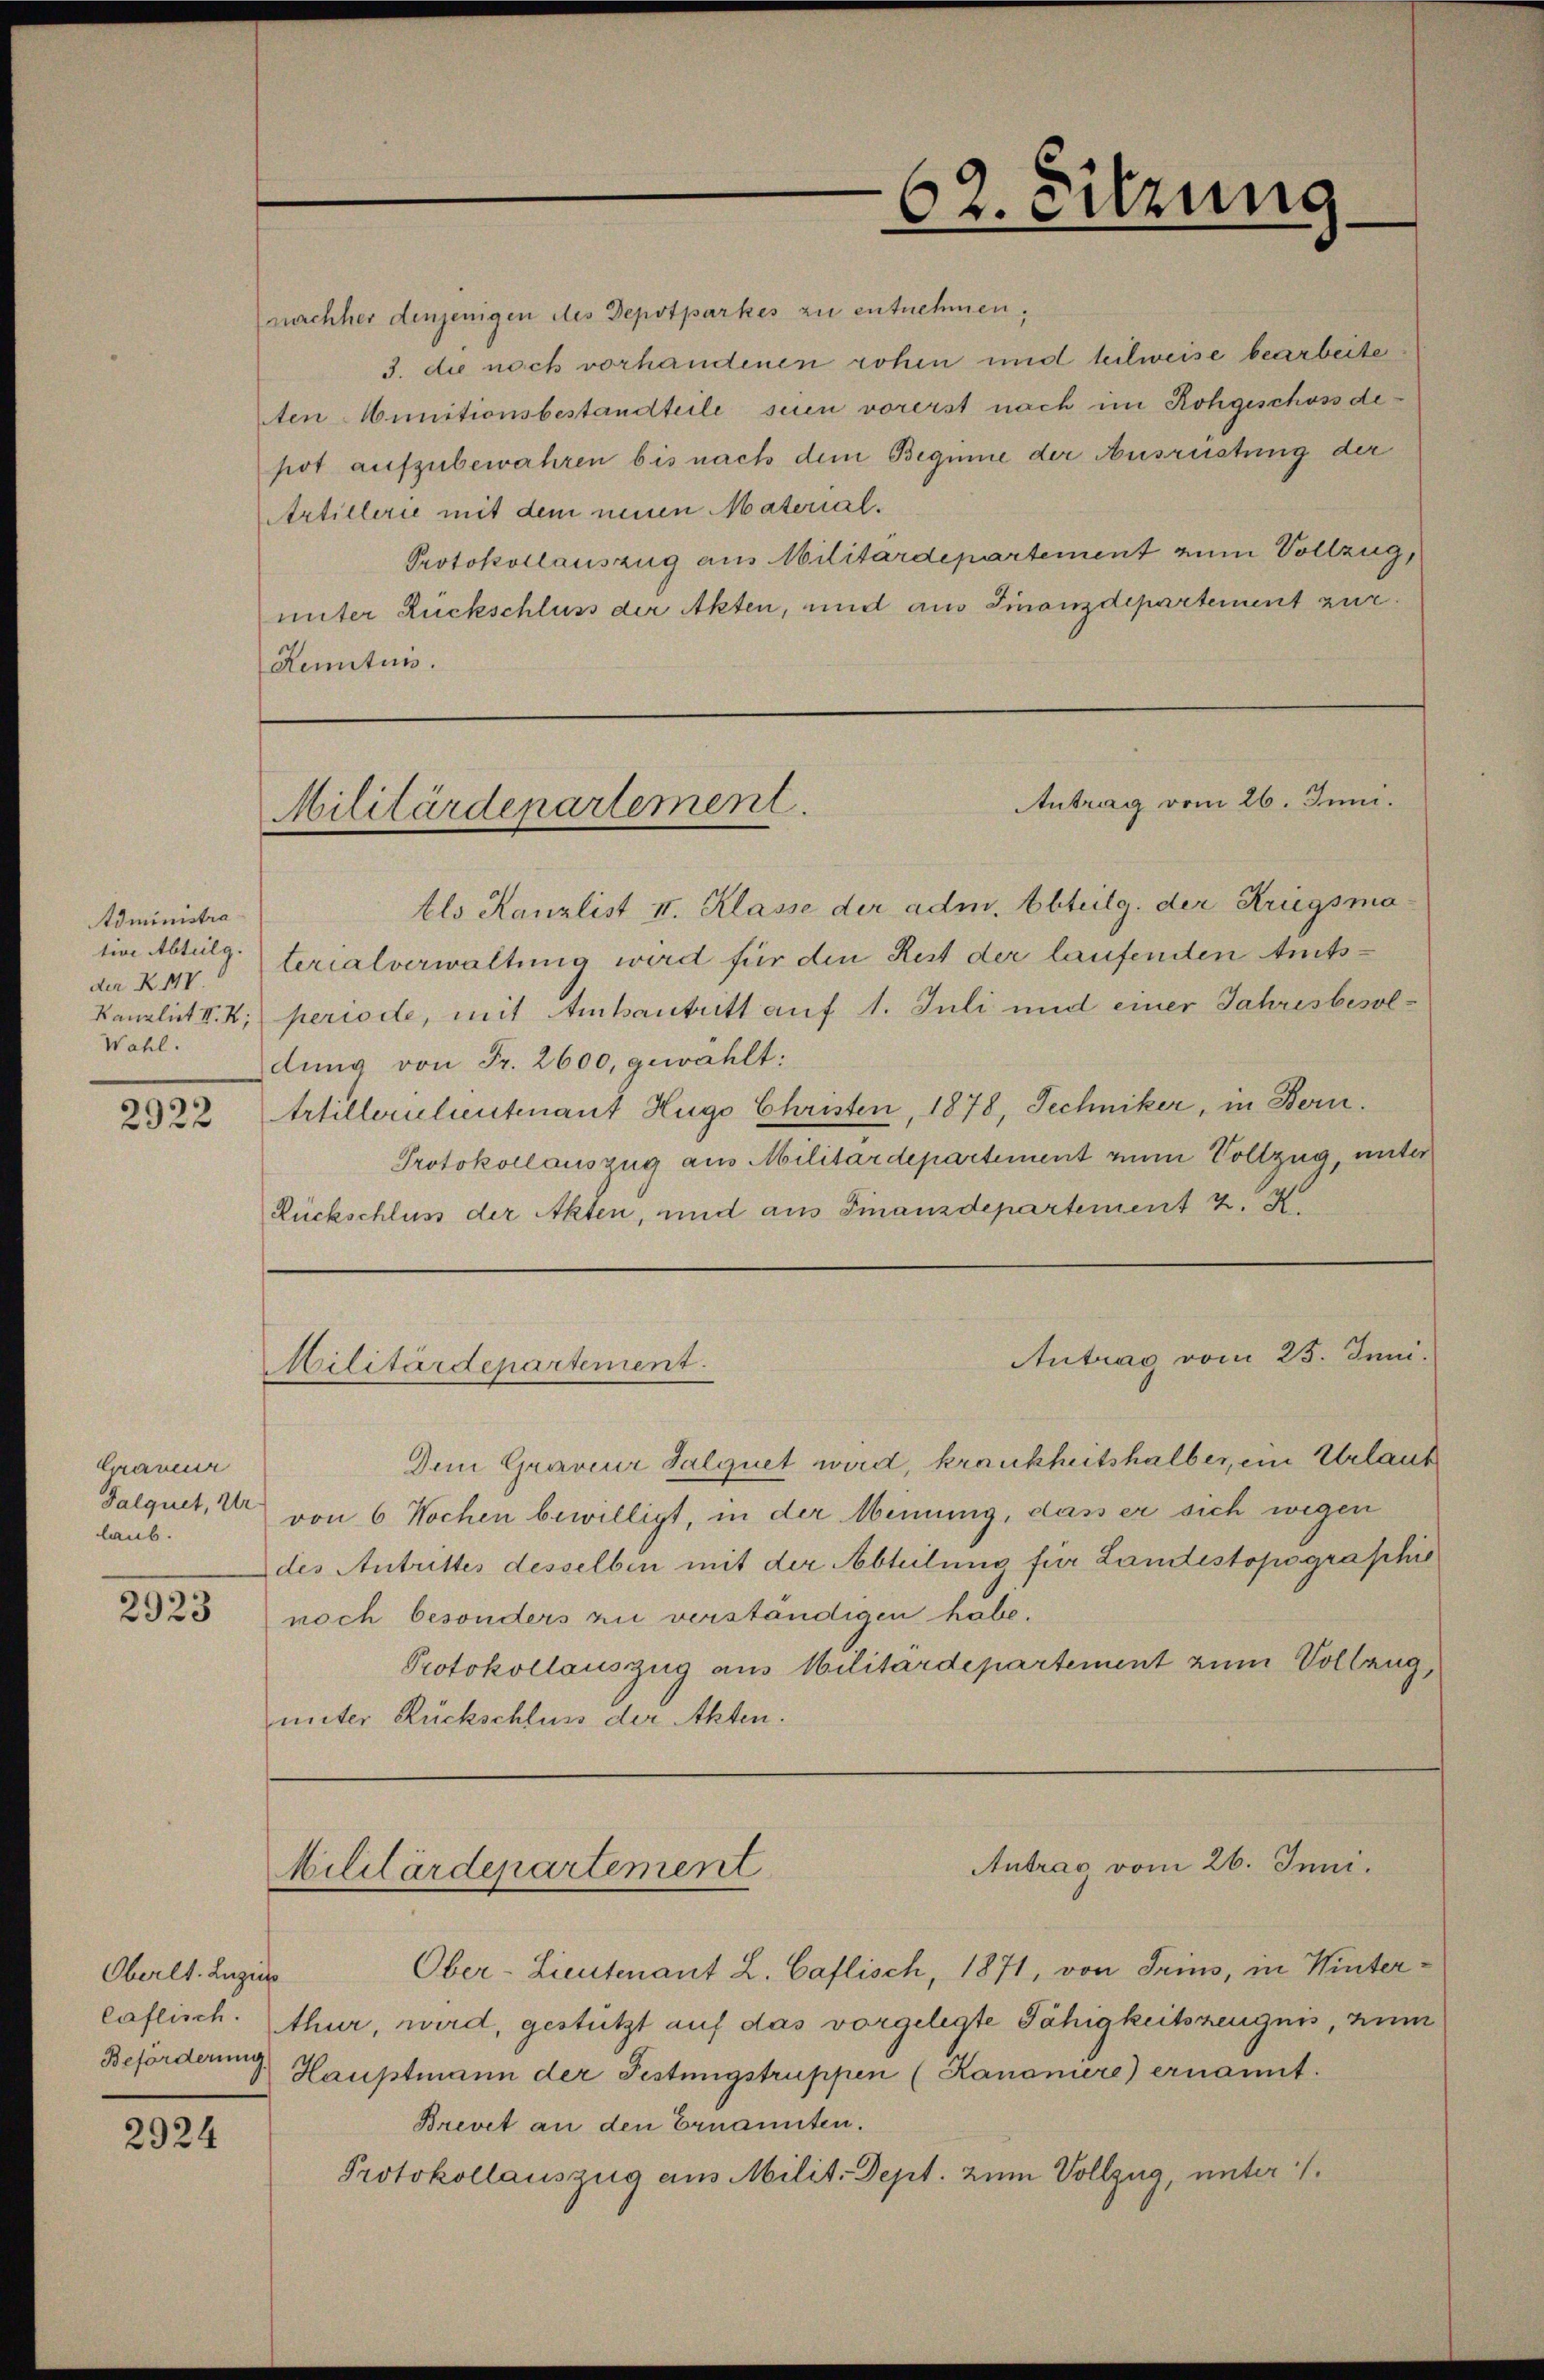
Administra
der K. IV.
Kanzlist II. K
Wahl.

2922

Caveur
Salquet, Ur
laub.

2925

Oberlt. Luzia
laflisch.

2924

(nachher denjenigen des Depotparkes zu entnehmen,
3. die noch vorhandenen rohen und teilweise bearbeite
ten Munitionsbestandteile seien vorerst nach im Rohgeschoss de
pot aufzubewahren bis nach dem Beginne der Ausrüstung der
Artillerie mit dem neuen Material¬
Protokollauszug aus Militärdepartement zum Vollzug,
unter Rückschluss der Akten, und aus Finanzdepartement zur
Kenntnis.

Antrag vom 26. Juni.
Militärdepartement.

Militärdepartement.

62. Sitzung

tls Kanzlist II. Klasse der adm. Abteilg. der Kriegsmasin Abtilgterialverwaltung wird für den Rest der laufenden Amtsperiode, mit Amtsantritt auf 1. Juli und einer Jahresbesoldung von Fr. 2600, gewählt:
Artillerichentenant Hugo Christen, 1878, Techniker, in Bern.
Protokollauszug aus Militärdepartement zum Vollzug, unter
Rückschluss der Akten, und aus Finanzdepartement z.

Antrag vom 25. Juni.

Dem Graveur Salquet wird, krankheitshalber, ein Urlaub
von 6 Wochen bewilligt, in der Meinung, dass er sich wegen
des Antrittes desselben mit der Abteilung für Landestopographis
noch besonders zu verständigen habe.
Protokollauszug aus Militärdepartement zum Vollzug,
unter Rückschluss der Akten.

Antrag vom 26. Juni.
Militärdepartement

Ober-Lieutenant L. Caflisch, 1871, von Trius, in Winterhur, wird, gestützt auf das vorgelegte Fähigkeitszeugnis, zum
Beförderung, Hauptmann der Festungstruppen (Kanoniere) ernannt.
Brevet an den Ernannten.
Protokollauszug aus Milit. Dept. zum Vollzug, unter /.